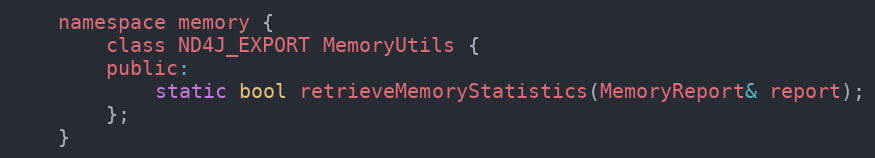
Language: C
    namespace memory {
        class ND4J_EXPORT MemoryUtils {
        public:
            static bool retrieveMemoryStatistics(MemoryReport& report);
        };
    }